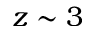
z \sim 3